Vabadussoja_Ajaloo_Komitee, lk 10
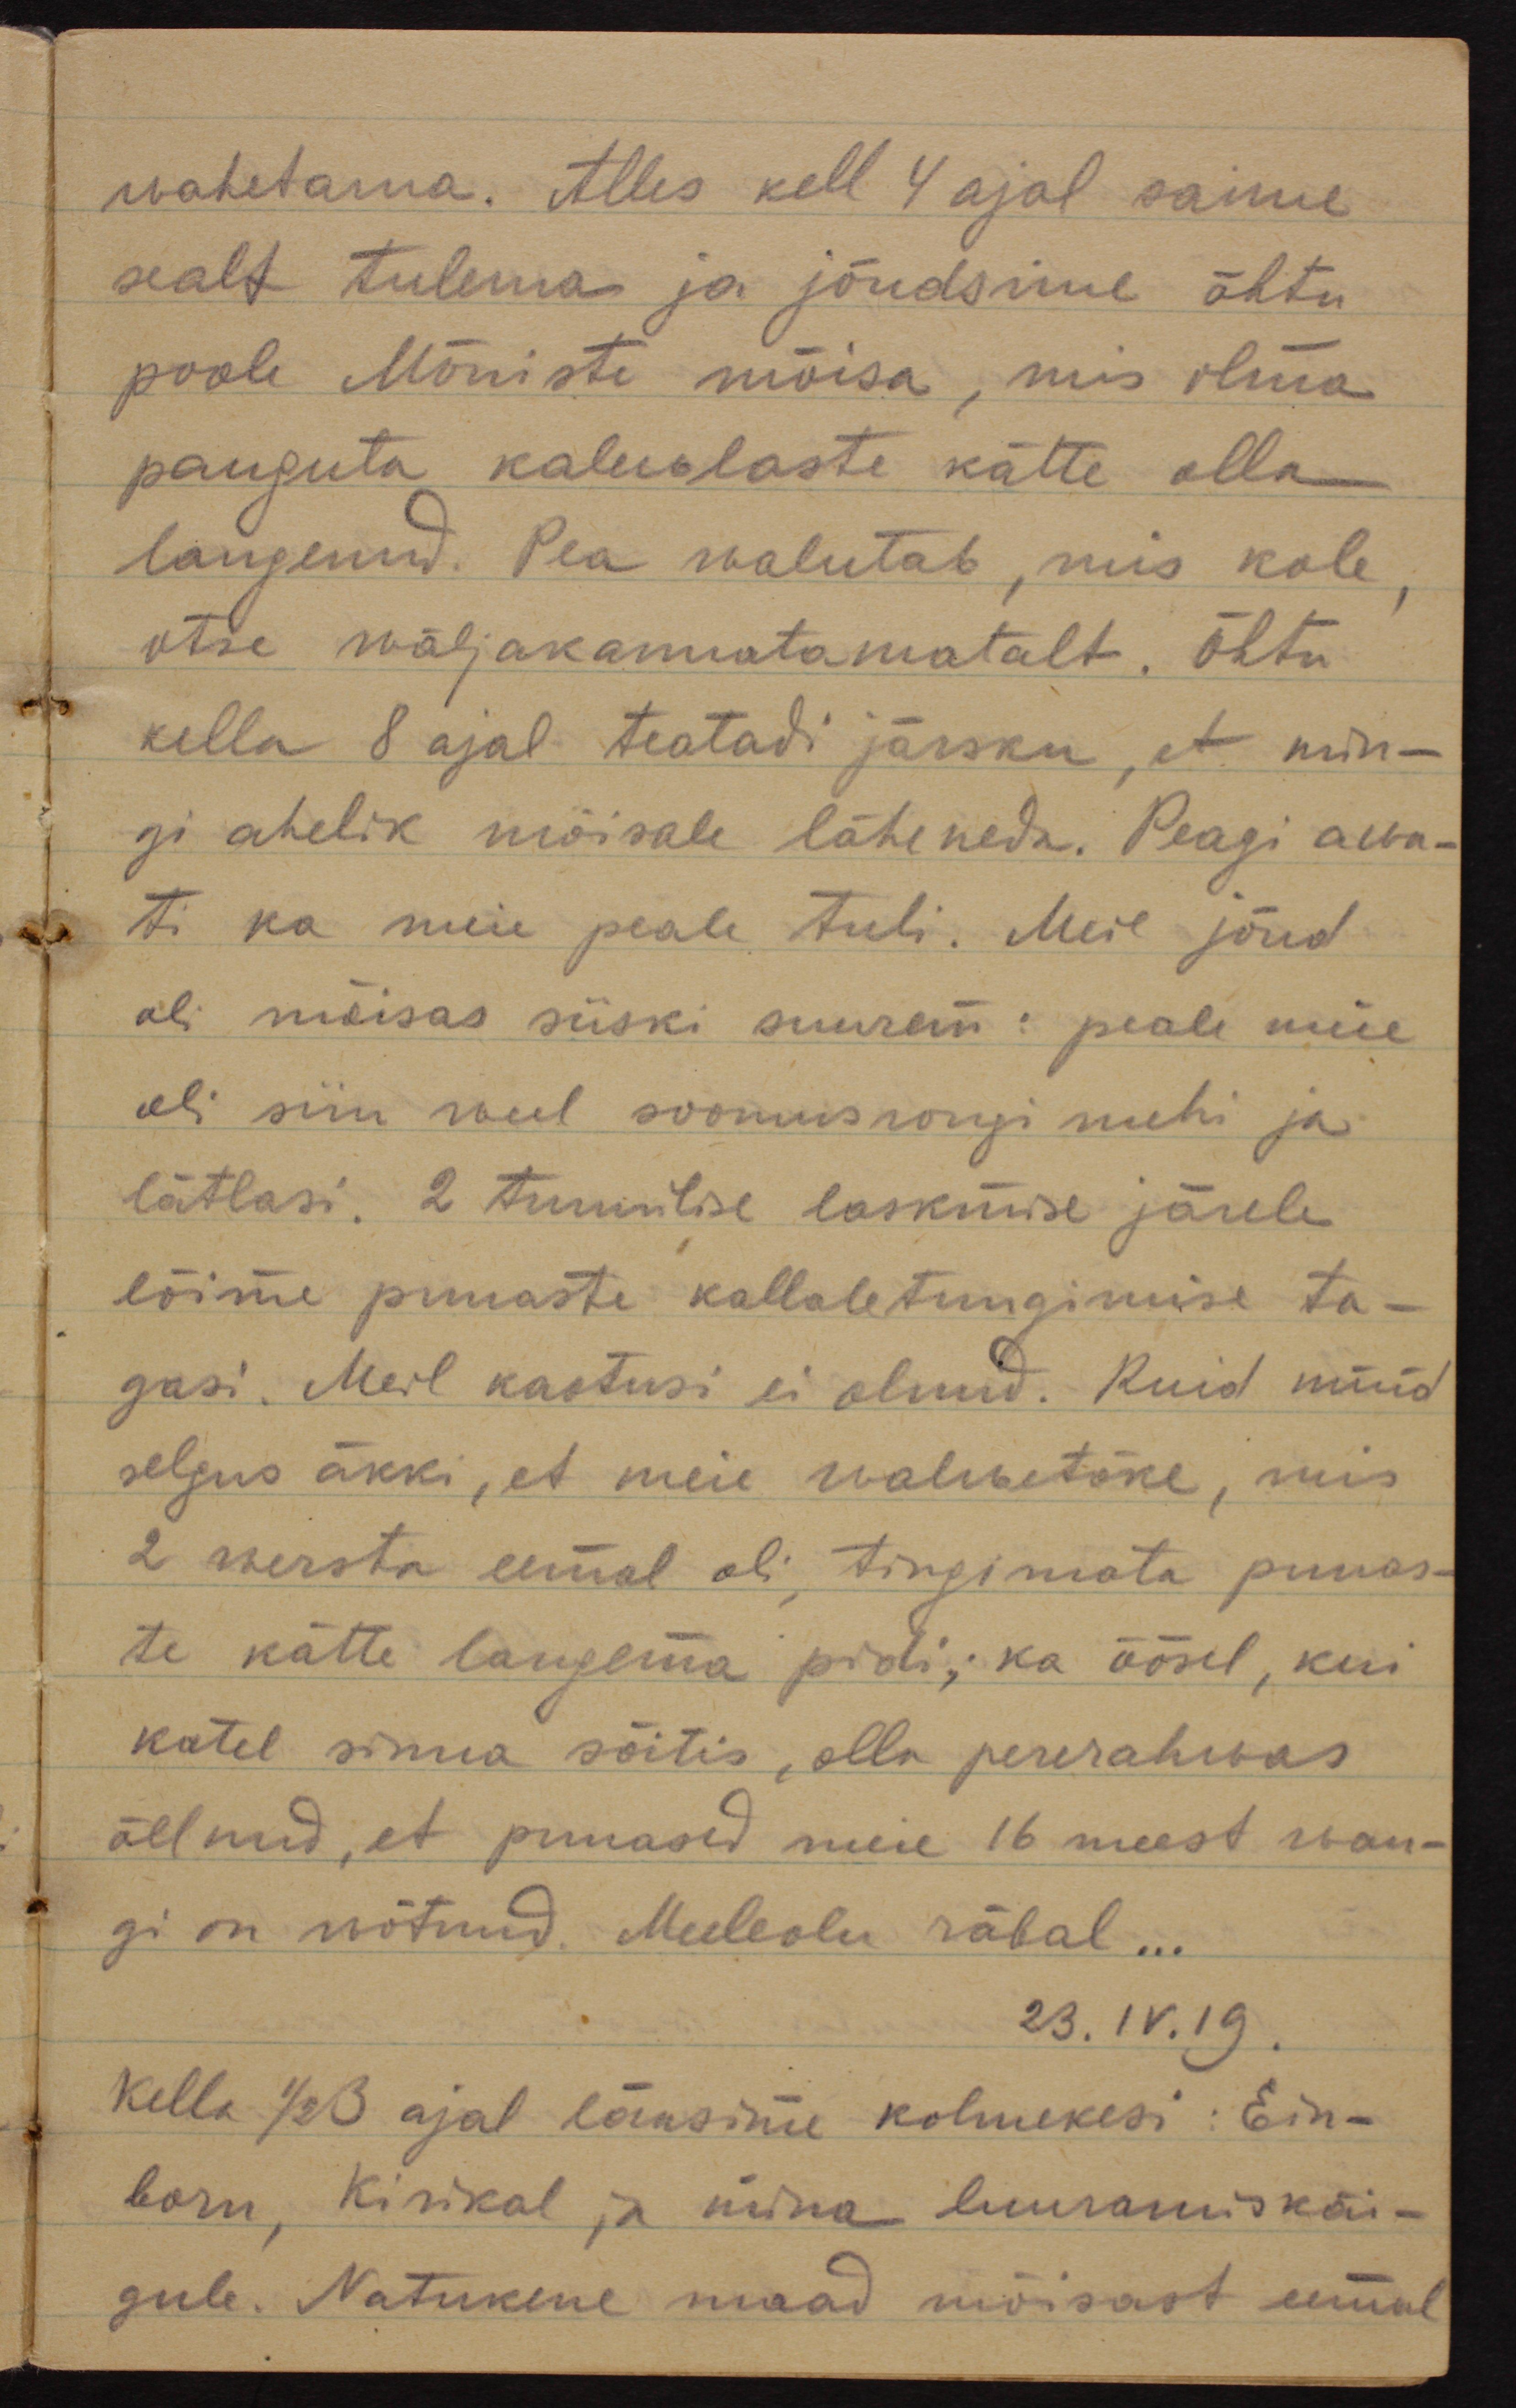
wahetama. Alles kell 4 ajal saime
sealt tulema ja jõudsime õhtu
poole Mõniste mõisa, mis ilma 
pauguta kalewlaste kätte olla
langenud. Pea walutab, mis kole,
otse wäljakannatamatult. Õhtu
kella 8 ajal teatadi järsku, et min-
gi ahelik mõisale läheneda. Peagi awa-
ti ka meie peale tuli. Meie jõud
oli mõisas siiski suurem: peale meie 
oli siin weel soomusrongi mehi ja
lätlasi. 2 tunnilise laskmise järele
lõime punaste kallaletungimise ta-
gasi. Meil kaotusi ei olnud. Kuid nüüd
selgus äkki, et meie walwetõke, mis
2 wersta eemal oli, tingimata punas-
te kätte langema pidi; ka öösel, kui 
katel sinna sõitis, olla pererahwas 
öelnud, et punased meie 16 meest wan-
gi on wõtnud. Meeleolu räbal ...
23.IV.19.
Kella 1/2 3 ajal läksime kolmekesi: Ein-
born, Kirikal ja mina luuramiskäi-
gule. Natuke maad mõisast eemal